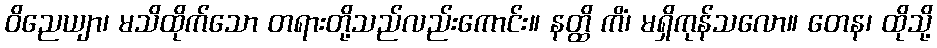
ဝိညေယျာ၊ မသိထိုက်သော တရားတို့သည်လည်းကောင်း။ နတ္ထိ ကိံ၊ မရှိကုန်သလော။ တေန၊ ထိုသို့